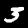
Label: 3